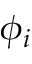
\phi _ { i }